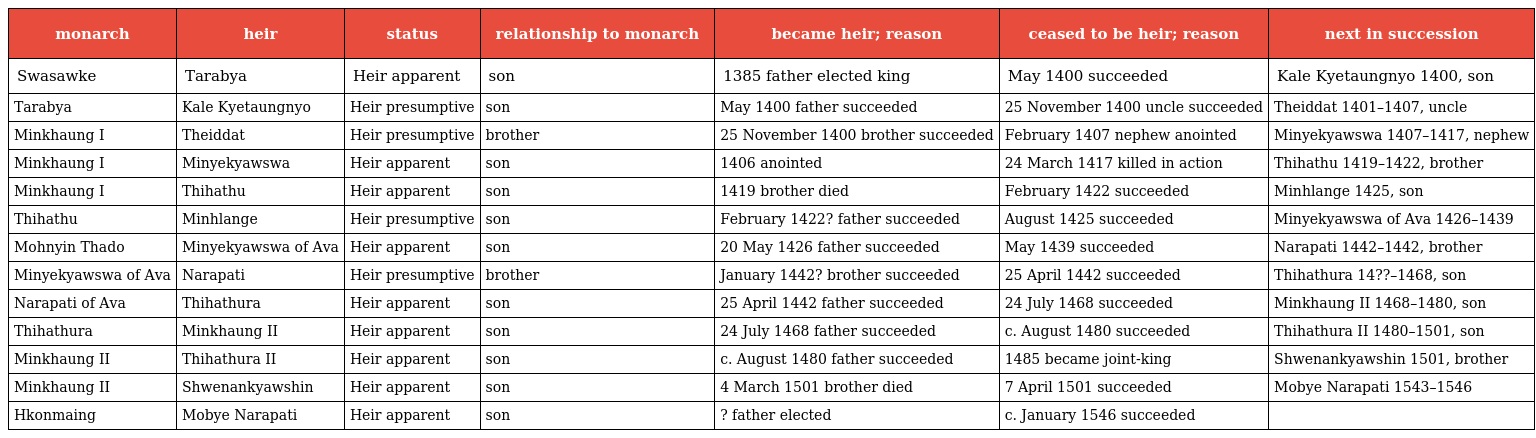
| monarch | heir | status | relationship to monarch | became heir; reason | ceased to be heir; reason | next in succession |
 | --- | --- | --- | --- | --- | --- | --- |
 | Swasawke | Tarabya | Heir apparent | son | 1385 father elected king | May 1400 succeeded | Kale Kyetaungnyo 1400, son |
 | Tarabya | Kale Kyetaungnyo | Heir presumptive | son | May 1400 father succeeded | 25 November 1400 uncle succeeded | Theiddat 1401–1407, uncle |
 | Minkhaung I | Theiddat | Heir presumptive | brother | 25 November 1400 brother succeeded | February 1407 nephew anointed | Minyekyawswa 1407–1417, nephew |
 | Minkhaung I | Minyekyawswa | Heir apparent | son | 1406 anointed | 24 March 1417 killed in action | Thihathu 1419–1422, brother |
 | Minkhaung I | Thihathu | Heir apparent | son | 1419 brother died | February 1422 succeeded | Minhlange 1425, son |
 | Thihathu | Minhlange | Heir presumptive | son | February 1422? father succeeded | August 1425 succeeded | Minyekyawswa of Ava 1426–1439 |
 | Mohnyin Thado | Minyekyawswa of Ava | Heir apparent | son | 20 May 1426 father succeeded | May 1439 succeeded | Narapati 1442–1442, brother |
 | Minyekyawswa of Ava | Narapati | Heir presumptive | brother | January 1442? brother succeeded | 25 April 1442 succeeded | Thihathura 14??–1468, son |
 | Narapati of Ava | Thihathura | Heir apparent | son | 25 April 1442 father succeeded | 24 July 1468 succeeded | Minkhaung II 1468–1480, son |
 | Thihathura | Minkhaung II | Heir apparent | son | 24 July 1468 father succeeded | c. August 1480 succeeded | Thihathura II 1480–1501, son |
 | Minkhaung II | Thihathura II | Heir apparent | son | c. August 1480 father succeeded | 1485 became joint-king | Shwenankyawshin 1501, brother |
 | Minkhaung II | Shwenankyawshin | Heir apparent | son | 4 March 1501 brother died | 7 April 1501 succeeded | Mobye Narapati 1543–1546 |
 | Hkonmaing | Mobye Narapati | Heir apparent | son | ? father elected | c. January 1546 succeeded |  |